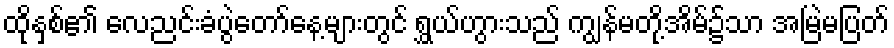
ထိုနှစ်၏ လေညင်းခံပွဲတော်နေ့များတွင် ရွှယ်ဟွားသည် ကျွန်မတို့အိမ်၌သာ အမြဲမပြတ်